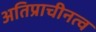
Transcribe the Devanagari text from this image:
अतिप्राचीनत्व